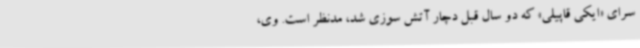
سرای «ایکی قاپیلی» که دو سال قبل دچار آتش سوزی شد، مدنظر است. وی،